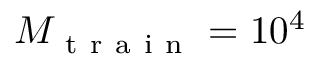
M _ { \mathrm { ~ t ~ r ~ a ~ i ~ n ~ } } = 1 0 ^ { 4 }